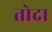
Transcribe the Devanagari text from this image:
तोदा